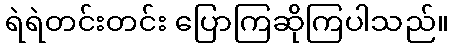
ရဲရဲတင်းတင်း ပြောကြဆိုကြပါသည်။